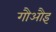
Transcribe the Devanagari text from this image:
गौऔइ